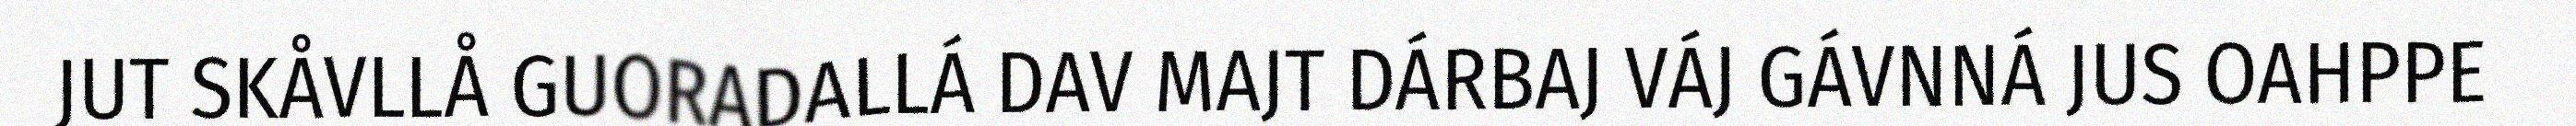
JUT SKÅVLLÅ GUORADALLÁ DAV MAJT DÁRBAJ VÁJ GÁVNNÁ JUS OAHPPE